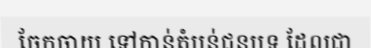
ចែកចាយ ទៅកាន់តំបន់ជនបទ ដែលជា